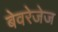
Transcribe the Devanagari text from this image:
बेवरेजेज